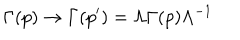
LaTeX: \Gamma ( p ) \rightarrow \Gamma ( p ^ { \prime } ) = \Lambda \Gamma ( p ) \Lambda ^ { - 1 }